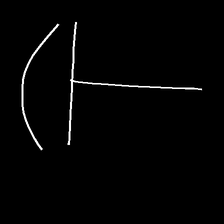
Glyph: dispersion